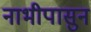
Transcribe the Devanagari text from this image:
नाभीपासुन